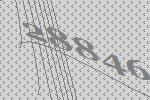
28846